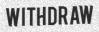
WITHDRAW